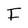
Character: F